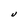
Character: U